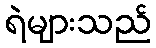
ရဲများသည်